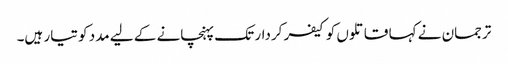
ترجمان نے کہا قاتلوں کو کیفر کردار تک پہنچانے کے لیے مدد کو تیار ہیں۔